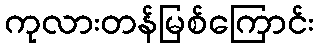
ကုလားတန်မြစ်ကြောင်း